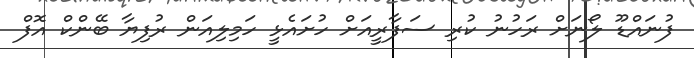
ފުނައްޑޫ ލޯނަށް ރަހުނު ކުރި ސަފާރީއަށް ހުށައެޅީ ހަމިލިއަން ރުފިޔާ ބޭންކް އޮފް